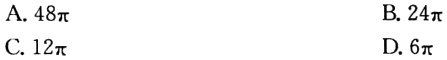
A. \(48\pi\)

B. \(24\pi\)

C. \(12\pi\)

D. \(6\pi\)